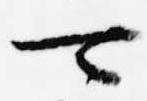
可